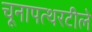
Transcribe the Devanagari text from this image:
चूनापत्थरटीले